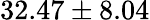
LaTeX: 32.47\pm 8.04